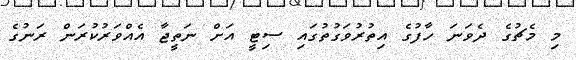
މި މެޗުގެ ދެވަނަ ހާފުގެ އިތުރުވަގުތުގައި ސިޓީ އަށް ނަތީޖާ އެއްވަރުކުރަން ރަނުގެ